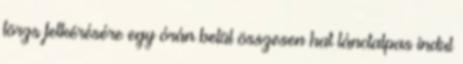
törzs felkérésére egy órán belül összesen hat lánctalpas indul